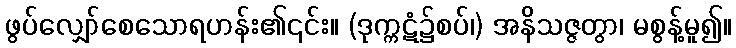
ဖွပ်လျှော်စေသောရဟန်း၏၎င်း။ (ဒုက္ကဋံ၌စပ်၊) အနိသဇ္ဇတွာ၊ မစွန့်မူ၍။